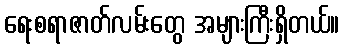
ရေးစရာဇာတ်လမ်းတွေ အများကြီးရှိတယ်။